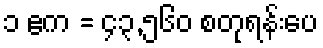
၁ ဧက = ၄၃,၅၆၀ စတုရန်းပေ